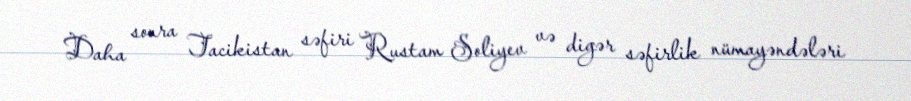
Daha sonra Tacikistan səfiri Rustam Soliyev və digər səfirlik nümayəndələri